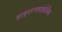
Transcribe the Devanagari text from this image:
हाइपरग्लाइसेमिक